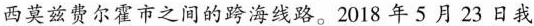
西英兹费尔霍市之间的跨海线路。2018年5月23 日我